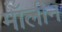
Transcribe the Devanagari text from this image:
मॉलीन